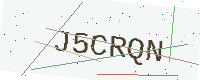
Text: J5CRQN